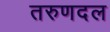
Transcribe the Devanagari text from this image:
तरुणदल